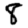
Digit: 8